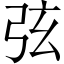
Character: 弦